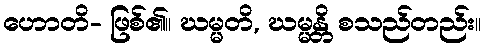
ဟောတိ- ဖြစ်၏။ ဃမ္မတိ, ဃမ္မန္တိ စသည်တည်း။